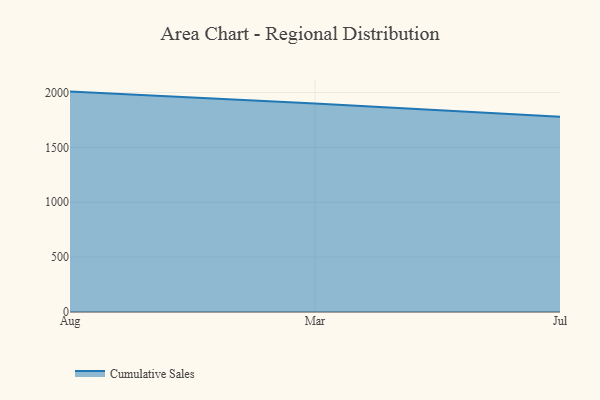
{"axis": {"x": "Month", "y": "Humidity (%)"}, "legend": ["Cumulative Sales"], "data": [{"x": "Aug", "y": 2008.3, "type": "Cumulative Sales"}, {"x": "Mar", "y": 1899.9, "type": "Cumulative Sales"}, {"x": "Jul", "y": 1779.8, "type": "Cumulative Sales"}]}